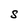
Character: S